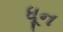
ધૂન